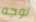
لوجه